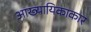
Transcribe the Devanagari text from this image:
आख्यायिकाकार